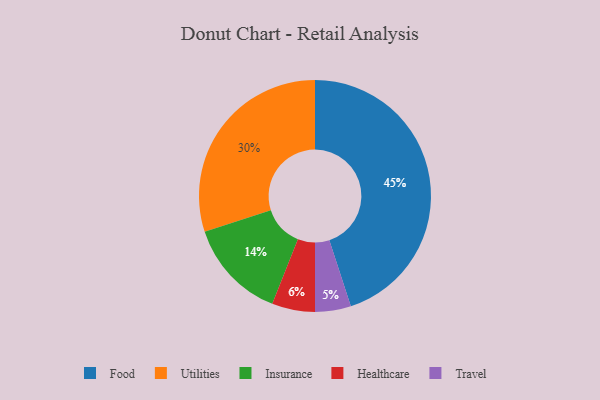
{"axis": {"x": "Category", "y": "Percentage"}, "legend": ["Food", "Healthcare", "Insurance", "Travel", "Utilities"], "data": [{"x": "Food", "y": 45, "type": "Food"}, {"x": "Healthcare", "y": 6, "type": "Healthcare"}, {"x": "Utilities", "y": 30, "type": "Utilities"}, {"x": "Insurance", "y": 14, "type": "Insurance"}, {"x": "Travel", "y": 5, "type": "Travel"}]}